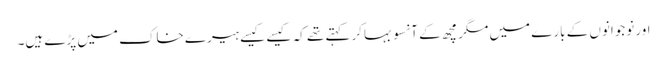
اور نوجوانوں کے بارے میں مگرمچھ کے آنسو بہاکر کہتے تھے کہ کیسے کیسے ہیرے خاک میں پڑے ہیں۔